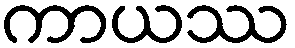
ကာယဿ